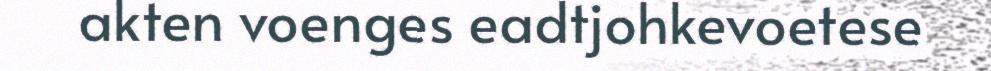
akten voenges eadtjohkevoetese